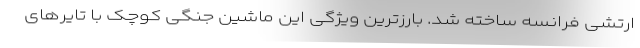
ارتشی فرانسه ساخته شد. بارزترین ویژگی این ماشین جنگی کوچک با تایرهای